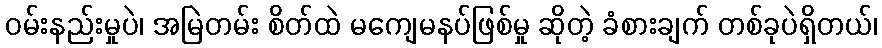
ဝမ်းနည်းမှုပဲ၊ အမြဲတမ်း စိတ်ထဲ မကျေမနပ်ဖြစ်မှု ဆိုတဲ့ ခံစားချက် တစ်ခုပဲရှိတယ်၊